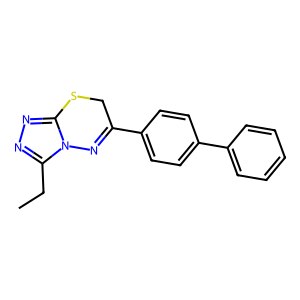
SMILES: CCc1nnc2n1N=C(c1ccc(-c3ccccc3)cc1)CS2
Inhibits HIV replication: No